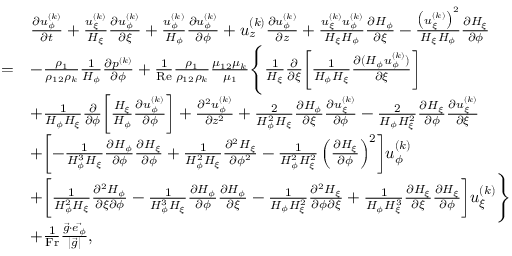
\begin{array} { r l } & { \begin{array} { r l } & { \frac { \partial u _ { \phi } ^ { ( k ) } } { \partial t } + \frac { u _ { \xi } ^ { ( k ) } } { H _ { \xi } } \frac { \partial u _ { \phi } ^ { ( k ) } } { \partial \xi } + \frac { u _ { \phi } ^ { ( k ) } } { H _ { \phi } } \frac { \partial u _ { \phi } ^ { ( k ) } } { \partial \phi } + u _ { z } ^ { ( k ) } \frac { \partial u _ { \phi } ^ { ( k ) } } { \partial z } + \frac { u _ { \xi } ^ { ( k ) } u _ { \phi } ^ { ( k ) } } { H _ { \xi } H _ { \phi } } \frac { \partial H _ { \phi } } { \partial \xi } - \frac { \big ( u _ { \xi } ^ { ( k ) } \big ) ^ { 2 } } { H _ { \xi } H _ { \phi } } \frac { \partial H _ { \xi } } { \partial \phi } } \\ { = } & { - \frac { \rho _ { 1 } } { \rho _ { 1 2 } \rho _ { k } } \frac { 1 } { H _ { \phi } } \frac { \partial p ^ { ( k ) } } { \partial \phi } + \frac { 1 } { \mathrm { R e } } \frac { \rho _ { 1 } } { \rho _ { 1 2 } \rho _ { k } } \frac { \mu _ { 1 2 } \mu _ { k } } { \mu _ { 1 } } \Biggl \{ \frac { 1 } { H _ { \xi } } \frac { \partial } { \partial \xi } \biggl [ \frac { 1 } { H _ { \phi } H _ { \xi } } \frac { \partial ( H _ { \phi } u _ { \phi } ^ { ( k ) } ) } { \partial \xi } \biggr ] } \\ & { + \frac { 1 } { H _ { \phi } H _ { \xi } } \frac { \partial } { \partial \phi } \biggl [ \frac { H _ { \xi } } { H _ { \phi } } \frac { \partial u _ { \phi } ^ { ( k ) } } { \partial \phi } \biggr ] + \frac { \partial ^ { 2 } u _ { \phi } ^ { ( k ) } } { \partial z ^ { 2 } } + \frac { 2 } { H _ { \phi } ^ { 2 } H _ { \xi } } \frac { \partial H _ { \phi } } { \partial \xi } \frac { \partial u _ { \xi } ^ { ( k ) } } { \partial \phi } - \frac { 2 } { H _ { \phi } H _ { \xi } ^ { 2 } } \frac { \partial H _ { \xi } } { \partial \phi } \frac { \partial u _ { \xi } ^ { ( k ) } } { \partial \xi } } \\ & { + \biggl [ - \frac { 1 } { H _ { \phi } ^ { 3 } H _ { \xi } } \frac { \partial H _ { \phi } } { \partial \phi } \frac { \partial H _ { \xi } } { \partial \phi } + \frac { 1 } { H _ { \phi } ^ { 2 } H _ { \xi } } \frac { \partial ^ { 2 } H _ { \xi } } { \partial \phi ^ { 2 } } - \frac { 1 } { H _ { \phi } ^ { 2 } H _ { \xi } ^ { 2 } } \left( \frac { \partial H _ { \xi } } { \partial \phi } \right) ^ { 2 } \biggr ] u _ { \phi } ^ { ( k ) } } \\ & { + \biggl [ \frac { 1 } { H _ { \phi } ^ { 2 } H _ { \xi } } \frac { \partial ^ { 2 } H _ { \phi } } { \partial \xi \partial \phi } - \frac { 1 } { H _ { \phi } ^ { 3 } H _ { \xi } } \frac { \partial H _ { \phi } } { \partial \phi } \frac { \partial H _ { \phi } } { \partial \xi } - \frac { 1 } { H _ { \phi } H _ { \xi } ^ { 2 } } \frac { \partial ^ { 2 } H _ { \xi } } { \partial \phi \partial \xi } + \frac { 1 } { H _ { \phi } H _ { \xi } ^ { 3 } } \frac { \partial H _ { \xi } } { \partial \xi } \frac { \partial H _ { \xi } } { \partial \phi } \biggr ] u _ { \xi } ^ { ( k ) } \Biggr \} } \\ & { + \frac { 1 } { \mathrm { F r } } \frac { \vec { g } \cdot \vec { e _ { \phi } } } { | \vec { g } | } , } \end{array} } \end{array}